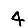
Digit: 4